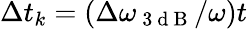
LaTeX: \Delta t_{k}=(\Delta\omega_{\mathrm{~3~d~B~}}/\omega)t